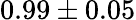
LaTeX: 0.99\pm 0.05